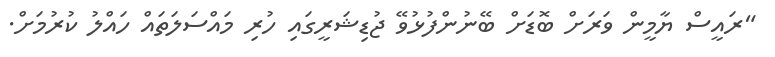
"ރައީސް ޔާމީން ވަރަށް ބޮޑަށް ބޭނުންފުޅުވޭ ޖުޑިޝަރީގައި ހުރި މައްސަލަތައް ހައްލު ކުރުމަށް.